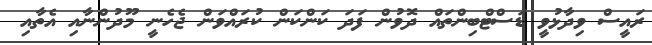
ރައީސް ވިދާޅުވީ ޑަސްޓްބިންތައް ދޮވުން ފަދަ ކަންކަން ކުރައްވަން ޖެހެނީ މޫދުންނާއި އެތާއި